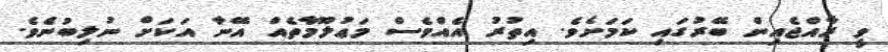
ވީ ރާއްޖެއިން ބޭރުގައި ކަމަށެވެ. އިތުރު އެއްވެސް މަޢުލޫމާތެއް އޭނާ އަކަށް ނުލިބުނެވެ.